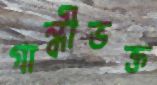
গান্ধীভক্ত